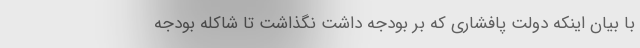
با بیان اینکه دولت پافشاری که بر بودجه داشت نگذاشت تا شاکله بودجه